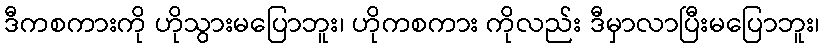
ဒီကစကားကို ဟိုသွားမပြောဘူး၊ ဟိုကစကား ကိုလည်း ဒီမှာလာပြီးမပြောဘူး၊